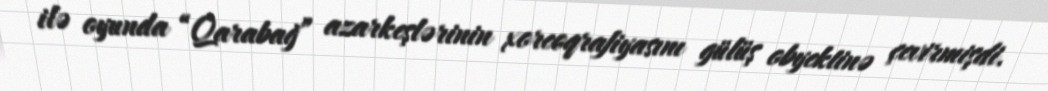
ilə oyunda “Qarabağ” azarkeşlərinin xoreoqrafiyasını gülüş obyektinə çevirmişdi.